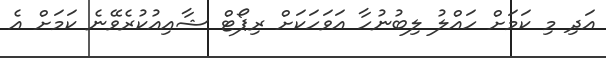
އަދި މި ކަމަށް ހައްލު ލިބުނުހާ އަވަހަކަށް ރިޕޯޓް ޝާއިއުކުރެވޭނެ ކަމަށް އެ